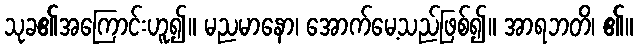
သုခ၏အကြောင်းဟူ၍။ မညမာနော၊ အောက်မေ့သည်ဖြစ်၍။ အာရဘတိ၊ ၏။